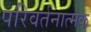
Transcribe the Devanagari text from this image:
परिवर्तनात्मक